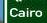
cairo